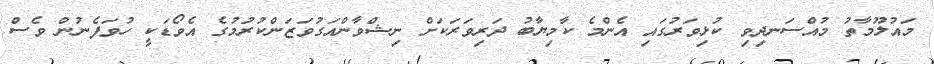
މައުލޫމާތު މުއްސަނދިވި ކުޅިވަރުގައި އެންމެ ކާމިޔާބު ދަރިވަރަކަށް ނިޝްވާންއަގުވަޒަންކުރުމުގެ އެވޯޑަކީ ހުވަފެނުން ވެސް